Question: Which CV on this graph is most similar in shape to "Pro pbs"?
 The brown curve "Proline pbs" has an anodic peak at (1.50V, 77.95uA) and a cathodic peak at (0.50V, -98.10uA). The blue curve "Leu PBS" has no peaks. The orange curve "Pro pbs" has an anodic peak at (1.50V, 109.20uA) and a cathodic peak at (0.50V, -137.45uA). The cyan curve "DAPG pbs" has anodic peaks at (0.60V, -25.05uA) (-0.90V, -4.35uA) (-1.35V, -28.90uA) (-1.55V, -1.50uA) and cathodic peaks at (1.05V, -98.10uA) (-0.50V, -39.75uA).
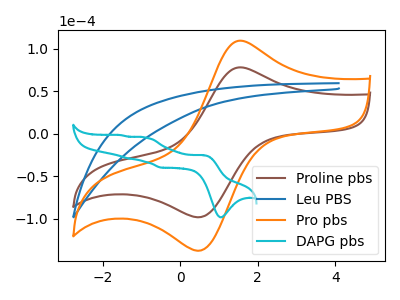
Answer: <think>"Proline pbs" and "Leu PBS" have a different number of peaks. All the peaks in "Proline pbs" have a peak in "Pro pbs" at the same potential. Every peak in "Proline pbs" is lower than every peak in "Pro pbs". "Proline pbs" and "DAPG pbs" have a different number of peaks. "Leu PBS" and "Pro pbs" have a different number of peaks. "Leu PBS" and "DAPG pbs" have a different number of peaks. "Pro pbs" and "DAPG pbs" have a different number of peaks.
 </think>
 <answer>The CV with the most similar shape to "Proline pbs" is "Pro pbs".</answer>
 <eval>"Pro pbs"</eval>